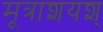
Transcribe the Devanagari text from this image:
मूत्राशयश्